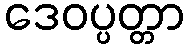
ဒေဝပ္ပတ္တာ